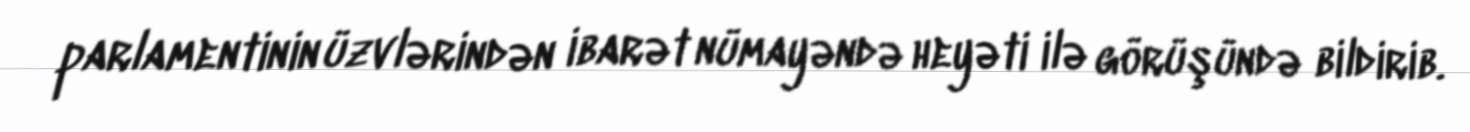
parlamentinin üzvlərindən ibarət nümayəndə heyəti ilə görüşündə bildirib.